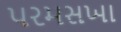
પરમસખા